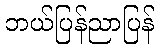
ဘယ်ပြန်ညာပြန်